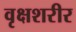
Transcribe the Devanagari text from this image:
वृक्षशरीर